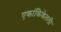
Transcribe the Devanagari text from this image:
एकांकिकेतली